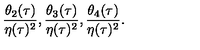
\frac { \theta _ { 2 } ( \tau ) } { \eta ( \tau ) ^ { 2 } } , \frac { \theta _ { 3 } ( \tau ) } { \eta ( \tau ) ^ { 2 } } , \frac { \theta _ { 4 } ( \tau ) } { \eta ( \tau ) ^ { 2 } } .